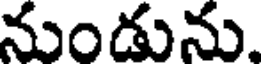
నుండును,